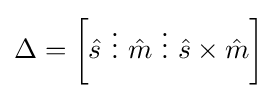
\Delta =\left[{\hat {s}}~\vdots ~{\hat {m}}~\vdots ~{\hat {s}}\times {\hat {m}}\right]